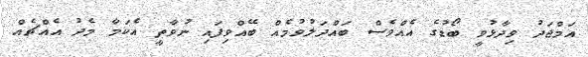
އަމްޖަދު ވިދާޅުވީ ބޯޑުގެ އެއްވެސް ބައްދަލުވުމެއް ބޭއްވިފައި ނުވާތީ އެކަމާ މެދު އެއްޗެއް